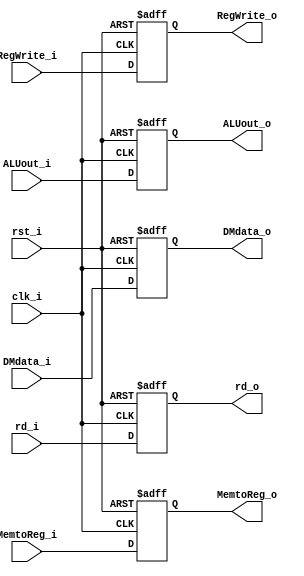
module MEM_WB(
	clk_i,
	rst_i,
	RegWrite_i, RegWrite_o,
	MemtoReg_i, MemtoReg_o,
	ALUout_i, ALUout_o,
	DMdata_i, DMdata_o,
	rd_i, rd_o,
);

input	clk_i;
input	rst_i;
input 	RegWrite_i; output reg RegWrite_o;
input 	MemtoReg_i; output reg MemtoReg_o;
input [31:0]		ALUout_i;
output reg [31:0] 	ALUout_o;
input [31:0]		DMdata_i;
output reg [31:0]	DMdata_o;
input [4:0]			rd_i;
output reg [4:0]	rd_o;

always @(posedge clk_i or negedge rst_i) begin
	if (~rst_i) begin
		MemtoReg_o <= 0;
		ALUout_o <= 0;
		DMdata_o <= 0;
		rd_o <= 0;
		RegWrite_o <= 0;
	end
	else begin
		MemtoReg_o <= MemtoReg_i;
		ALUout_o <= ALUout_i;
		DMdata_o <= DMdata_i;
		rd_o <= rd_i;
		RegWrite_o <= RegWrite_i;
	end
end

endmodule